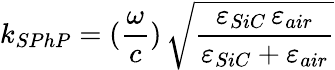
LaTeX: k_{SPhP}=(\frac{\omega}{c})\, \sqrt{\frac{\varepsilon_{SiC}\, \varepsilon_{air}}{\varepsilon_{SiC}+\varepsilon_{air}}}